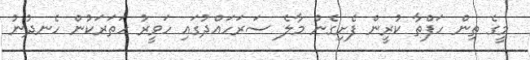
މީގެ ތިން ހަފްތާ ކުރީން ފެށިގެން މާލެ ސަރަހައްދުގައި ހަވީރު ހަތަރަކުން ހެނދުނު